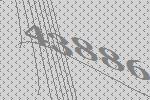
43886